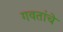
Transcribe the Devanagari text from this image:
गवतांचे